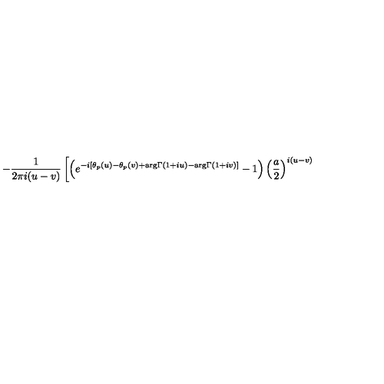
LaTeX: - \frac { 1 } { 2 \pi i ( u - v ) } \left[ \left( e ^ { - i [ \theta _ { p } ( u ) - \theta _ { p } ( v ) + \mathrm { a r g } \Gamma ( 1 + i u ) - \mathrm { a r g } \Gamma ( 1 + i v ) ] } - 1 \right) { \left( \frac { a } { 2 } \right) } ^ { i ( u - v ) } \right.